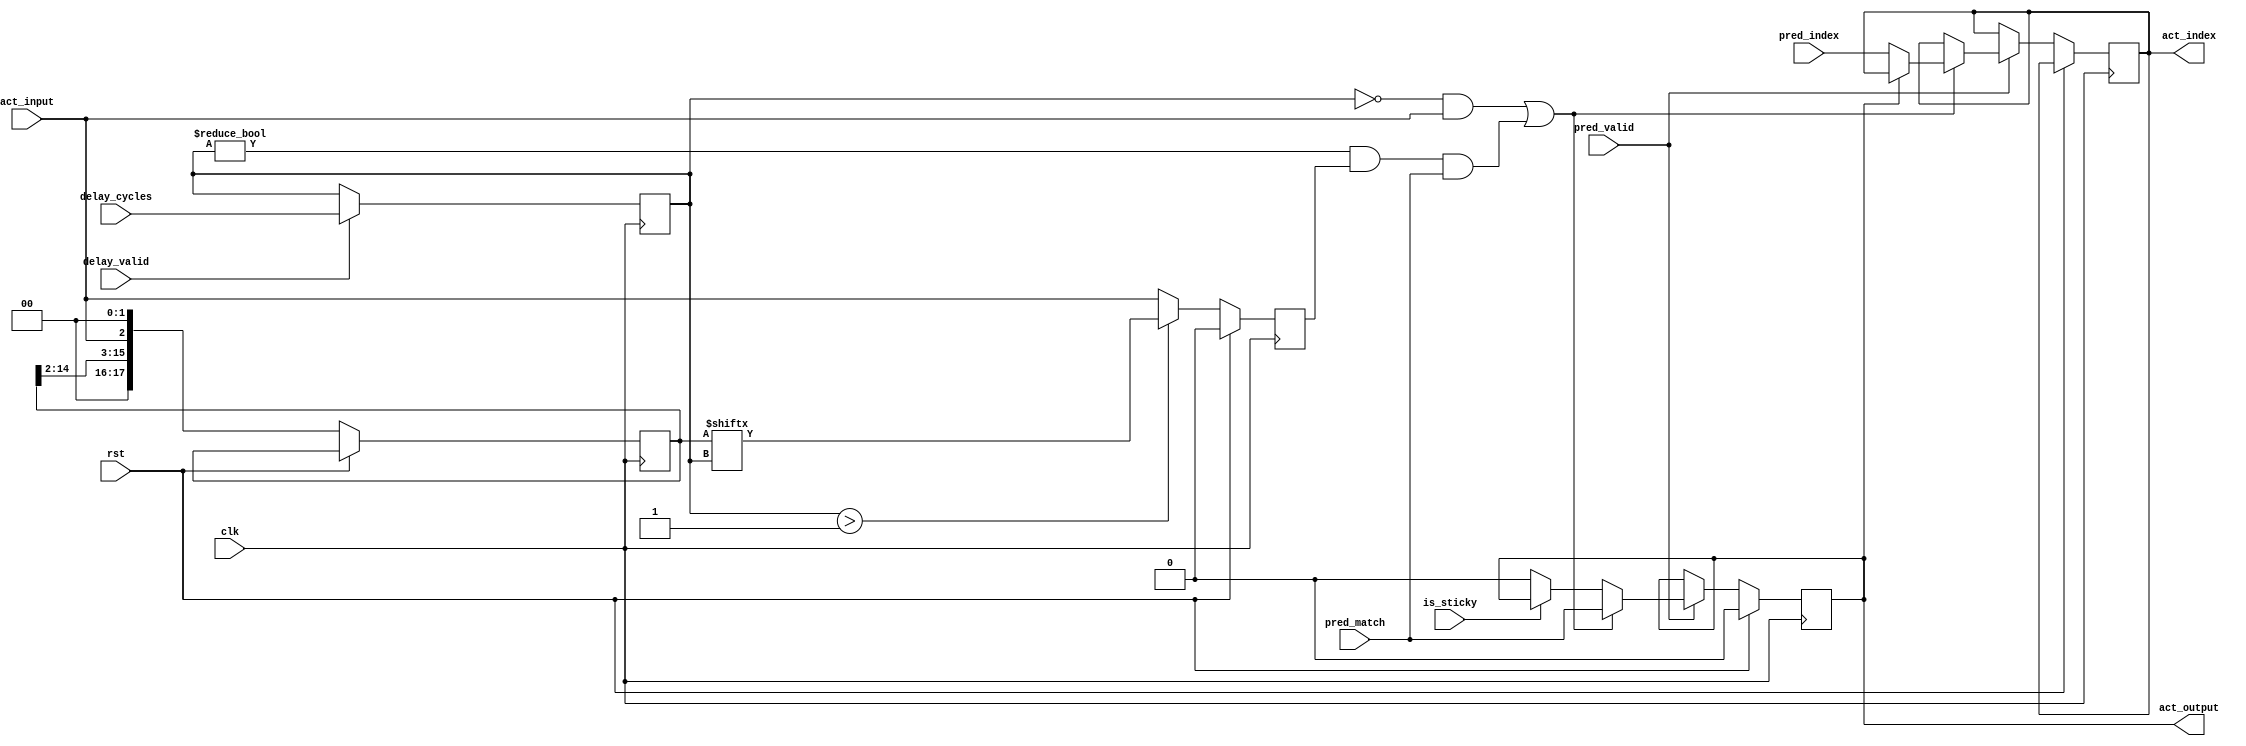
module rem_onestate
	(
		clk,
		rst,
		is_sticky,
		delay_valid,
		delay_cycles,
		pred_valid,
		pred_match,
		pred_index,
		act_input,
		act_output,
		act_index
	);
	input clk;
	input rst;
	input is_sticky;
	input pred_valid;
	input pred_match;
	input [15:0] pred_index;
	input delay_valid;
	input [3:0] delay_cycles;
	input act_input;
	output reg act_output;
	output reg [15:0] act_index;
	reg activated;
	reg [3:0] delay_cycles_reg;
	reg [2+15:0] delay_shift;
	always @(posedge clk ) begin
		if (delay_valid==1) delay_cycles_reg <= delay_cycles;
		if (rst) begin
			act_output <= 0;					
			activated <= 0;
		end			
		else 
		begin 
			delay_shift <= {delay_shift[14:2],act_input,2'b00};
			activated <= (delay_cycles_reg>1) ? delay_shift[delay_cycles_reg] : act_input;
			if (pred_valid) begin
				if ((delay_cycles_reg==0 && act_input==1) || (delay_cycles_reg!=0 && activated==1) && pred_match==1) begin			
					act_output <= pred_match;	
					if (act_output==0) act_index <= pred_index;
				end
				else begin
					if (is_sticky) begin
						act_output <= act_output;
					end else begin
						act_output <= 0;
					end
				end
			end
		end
	end
endmodule